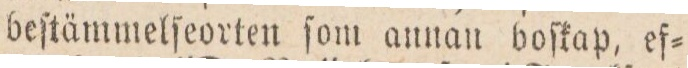
beſtämmelſeorten ſom annan boſkap, ef=